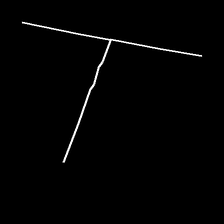
Glyph: column